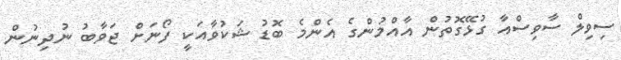
ސިވިލް ސާވިސްއާ ގުޅޭގޮތުން އާއްމުންގެ އެންމެ ބޮޑު ޝަކުވާއަކީ ފޯނަށް ޖަވާބު ނުދިނުން